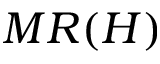
M R ( H )